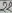
Text: 22